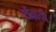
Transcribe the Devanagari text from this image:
थेंबाची